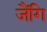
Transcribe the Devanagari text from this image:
जैंगि